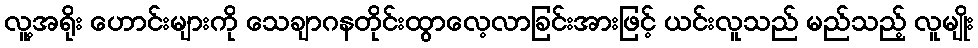
လူ့အရိုး ဟောင်းများကို သေချာဂနတိုင်းထွာလေ့လာခြင်းအားဖြင့် ယင်းလူသည် မည်သည့် လူမျိုး